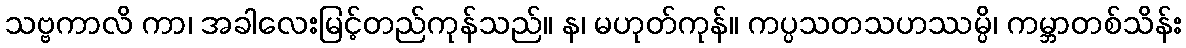
သဗ္ဗကာလိ ကာ၊ အခါလေးမြင့်တည်ကုန်သည်။ န၊ မဟုတ်ကုန်။ ကပ္ပသတသဟဿမ္ပိ၊ ကမ္ဘာတစ်သိန်း